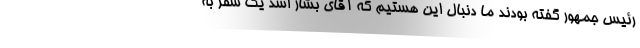
رئیس جمهور گفته بودند ما دنبال این هستیم که آقای بشار اسد یک سفر به